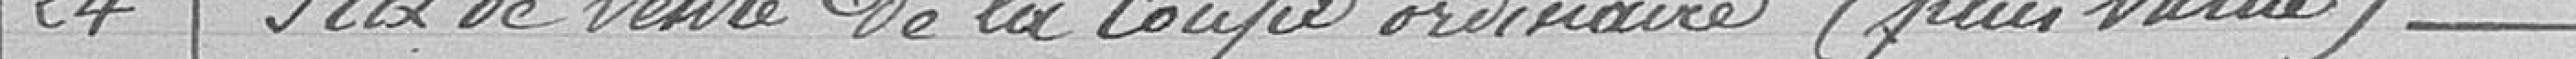
24. Prix de vente de la coupe ordinaire ( plus value)